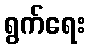
ရွက်ရေး